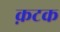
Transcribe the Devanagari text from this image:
क़टक